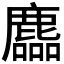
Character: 𪋓